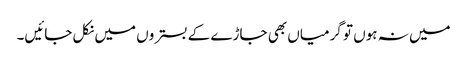
میں نہ ہوں تو گرمیاں بھی جاڑے کے بستروں میں نکل جائیں۔